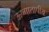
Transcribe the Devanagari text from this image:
ऊष्मातापीय